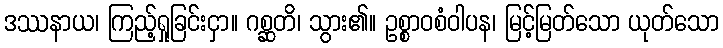
ဒဿနာယ၊ ကြည့်ရှုခြင်းငှာ။ ဂစ္ဆတိ၊ သွား၏။ ဥစ္စာဝစံဝါပန၊ မြင့်မြတ်သော ယုတ်သော